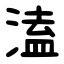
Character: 溘